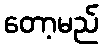
တော့မည်